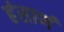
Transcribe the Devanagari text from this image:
हंसाणं